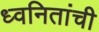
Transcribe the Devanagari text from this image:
ध्वनितांची